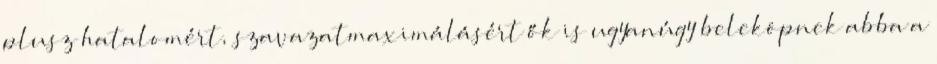
plusz hatalomért, szavazatmaximálásért ők is ugyanúgy beleköpnek abba a